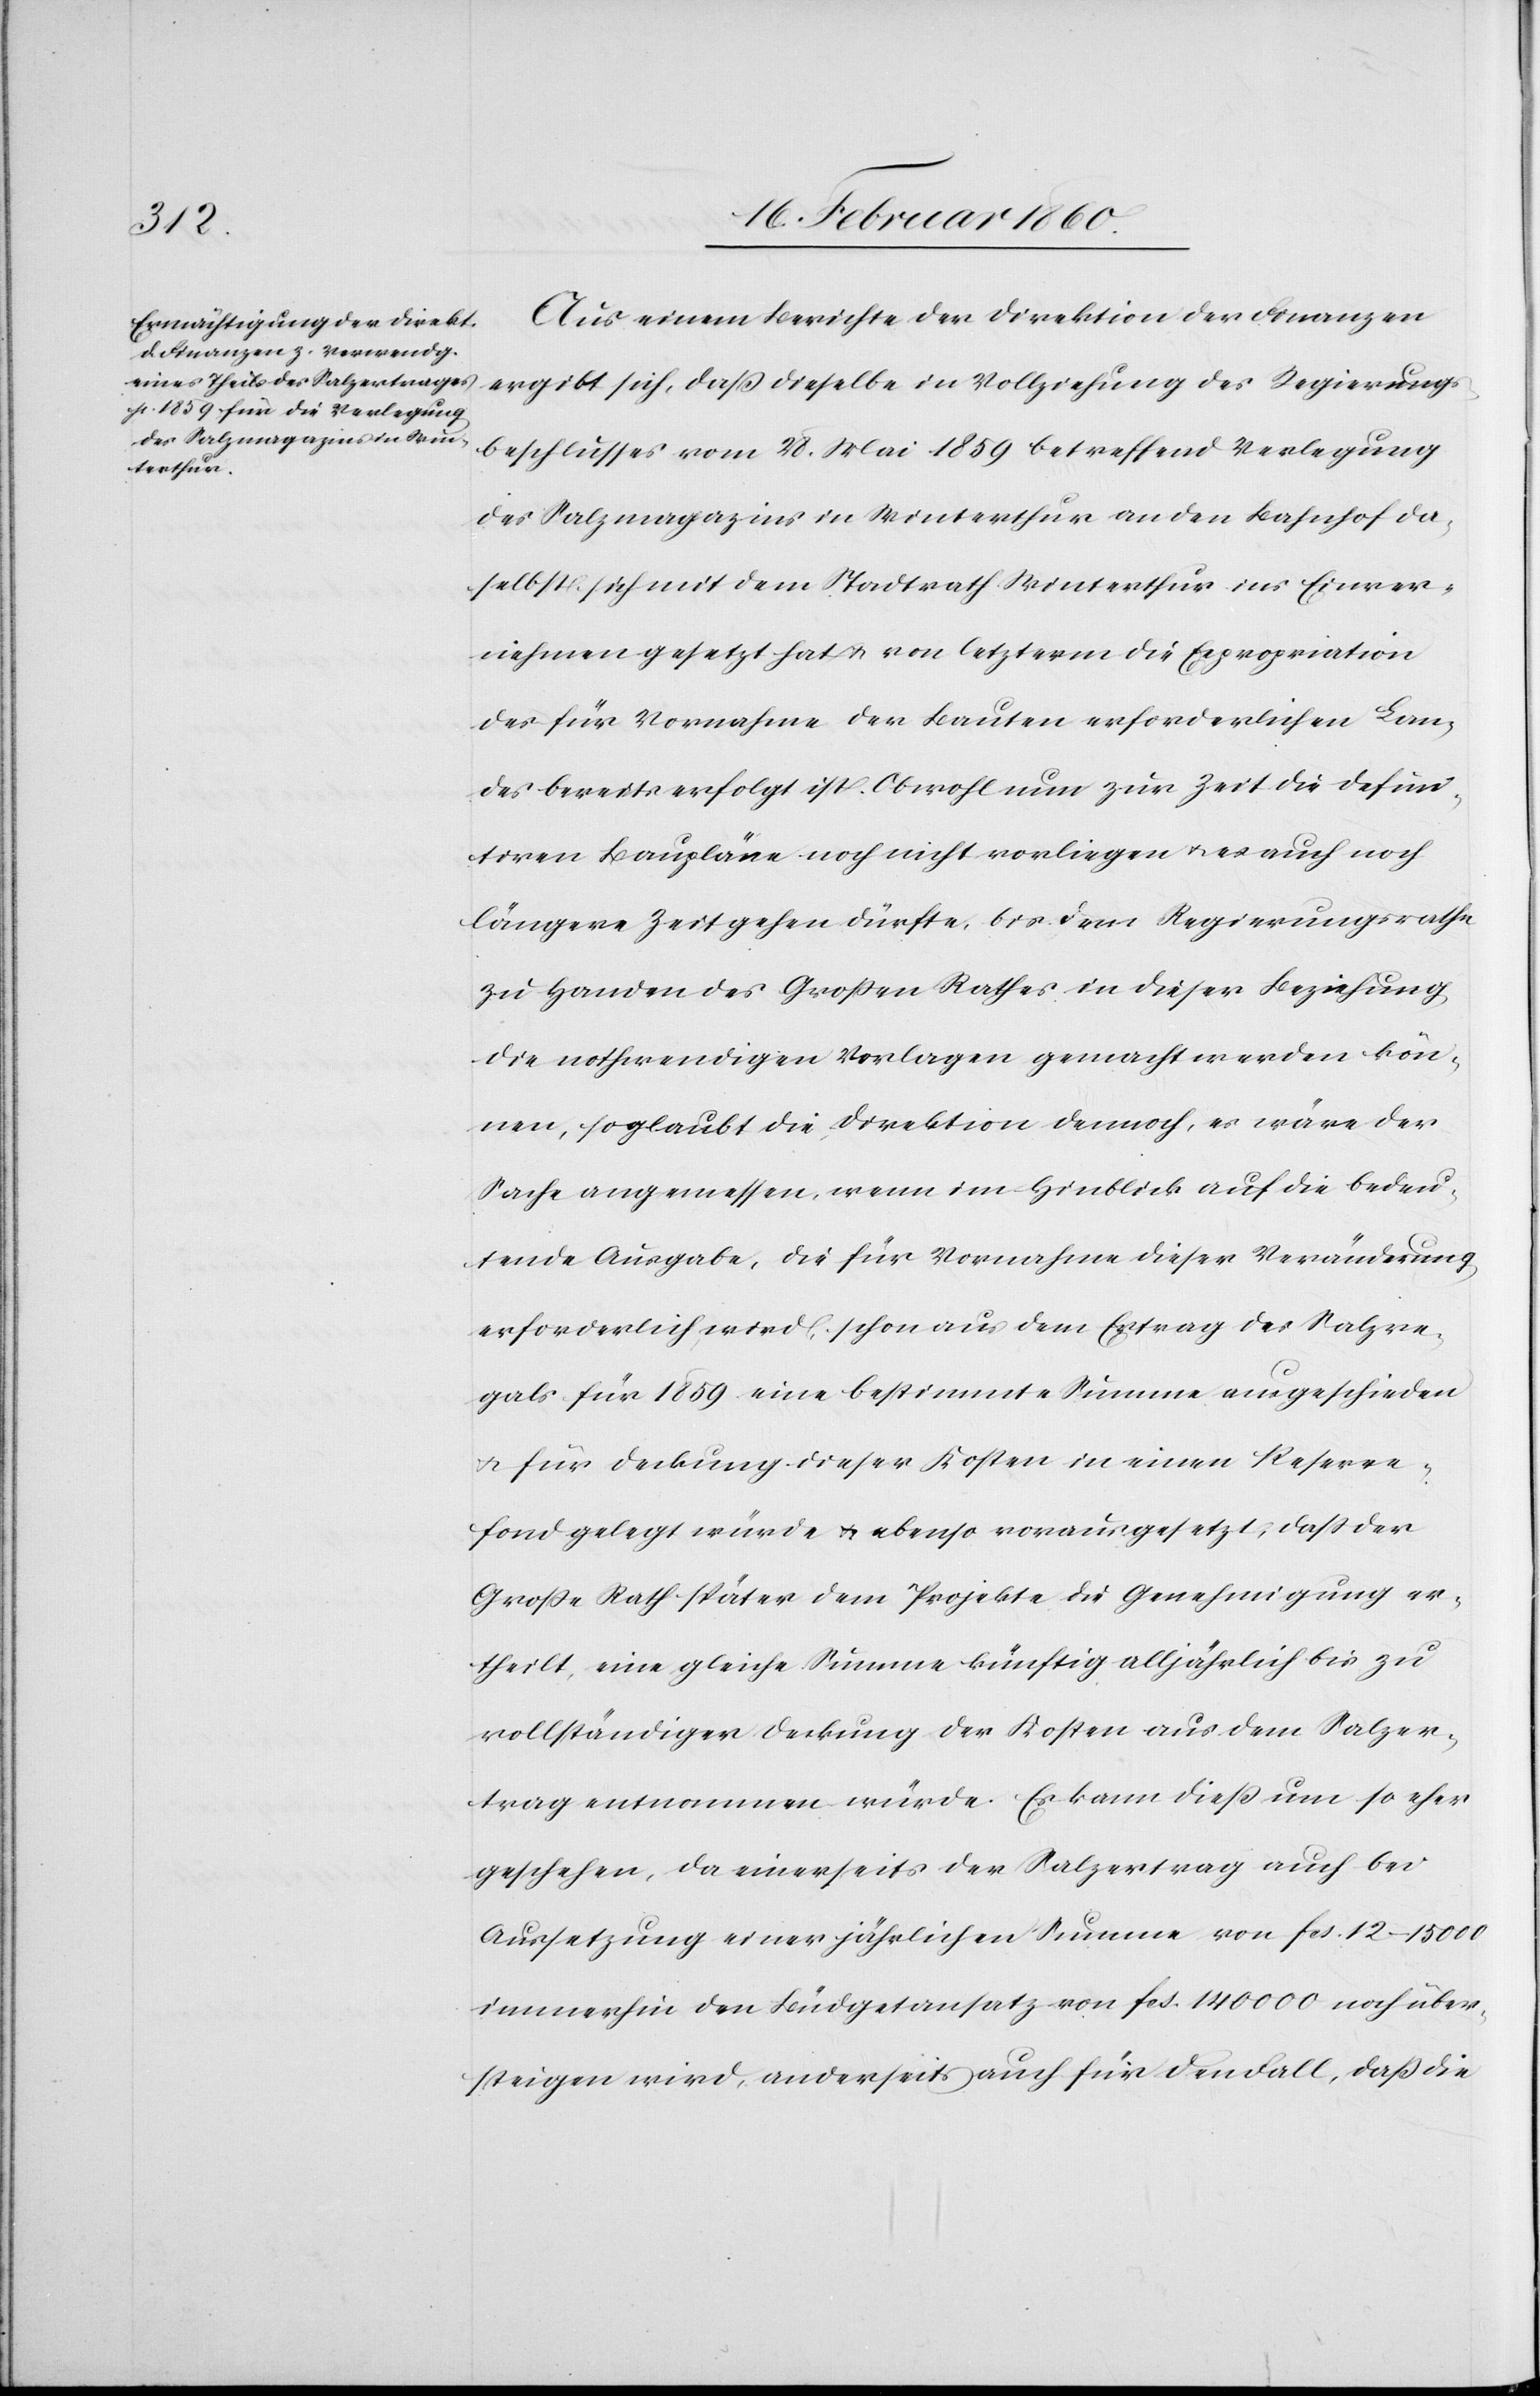
Aus einem Berichte der Direktion der Finanzen
ergibt sich, dass dieselbe in Vollziehung des Regierungs¬
beschlusses vom 28. Mai 1859 betreffend Verlegung
des Salzmagazins in Winterthur an den Bahnhof da¬
selbst sich mit dem Stadtrath Winterthur ins Einver¬
nehmen gesetzt hat u. von letzterm die Expropriation
des für Vornahme der Bauten erforderlichen Lan¬
des bereits erfolgt ist. Obwohl nun zur Zeit die defini¬
tiven Baupläne noch nicht vorliegen u. es auch noch
längere Zeit gehen dürfte, bis dem Regierungsrathe
zu Handen des Grossen Rathes in dieser Beziehung
die nothwendigen Vorlagen gemacht werden kön¬
nen, so glaubt die Direktion dennoch, es wäre der
Sache angemessen, wenn im Hinblick auf die bedeu¬
tende Ausgabe, die für Vornahme dieser Veränderung
erforderlich wird, schon aus dem Ertrag des Salzre¬
gals für 1859 eine bestimmte Summe ausgeschieden
u. für Deckung dieser Kosten in einen Reserve¬
fond gelegt würde u. ebenso vorausgesetzt, dass der
Grosse Rath später dem Projekte die Genehmigung er¬
theilt, eine gleiche Summe künftig alljährlich bis zu
vollständiger Deckung der Kosten aus dem Salzer¬
trag entnommen würde. Es kann diess um so eher
geschehen, da einerseits der Salzertrag auch bei
Aussetzung einer jährlichen Summe von fcs. 12–15 000
immerhin den Büdgetansatz von fcs. 140 000 noch über¬
steigen wird, anderseits auch für den Fall, dass die